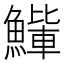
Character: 𫙰